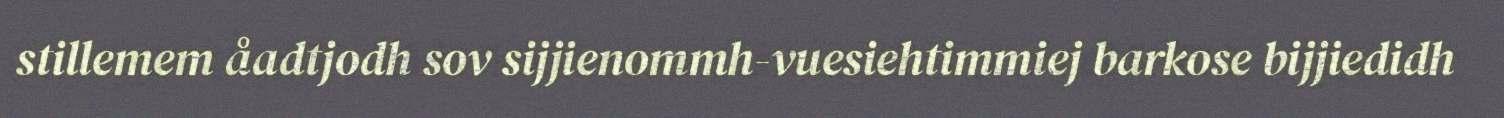
stillemem åadtjodh sov sijjienommh-vuesiehtimmiej barkose bijjiedidh